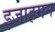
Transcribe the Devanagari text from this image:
इजाहमन